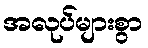
အလုပ်များစွာ